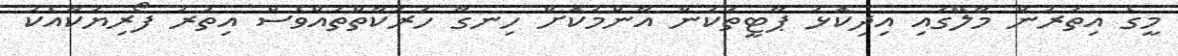
މީގެ އިތުރުން މާލޭގައި އިދިކޮޅު ޕާޓީތަކުން އާންމުކޮށް ހިނގާ ހަރަކާތްތައްވެސް އިތުރު ފޯރިޔަކާއެކު